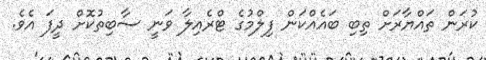
ކުރަން ތައްޔާރަށް ތިބި ބައެއްކަން ފިލްމުގެ ޓްރެއިލާ ވަނީ ސާބިތުކޮށް ދީފަ އެވެ.